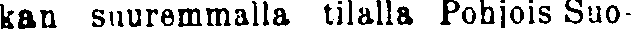
kan suuremmalla tilalla Pohjois Suo-